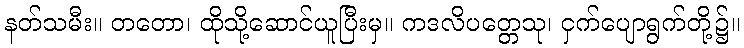
နတ်သမီး။ တတော၊ ထိုသို့ဆောင်ယူပြီးမှ။ ကဒလိပတ္တေသု၊ ငှက်ပျောရွက်တို့၌။